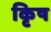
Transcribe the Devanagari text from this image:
कृिष